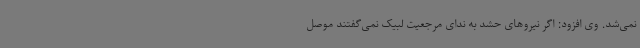
نمی‌شد. وی افزود: اگر نیروهای حشد به ندای مرجعیت لبیک نمی‌گفتند موصل